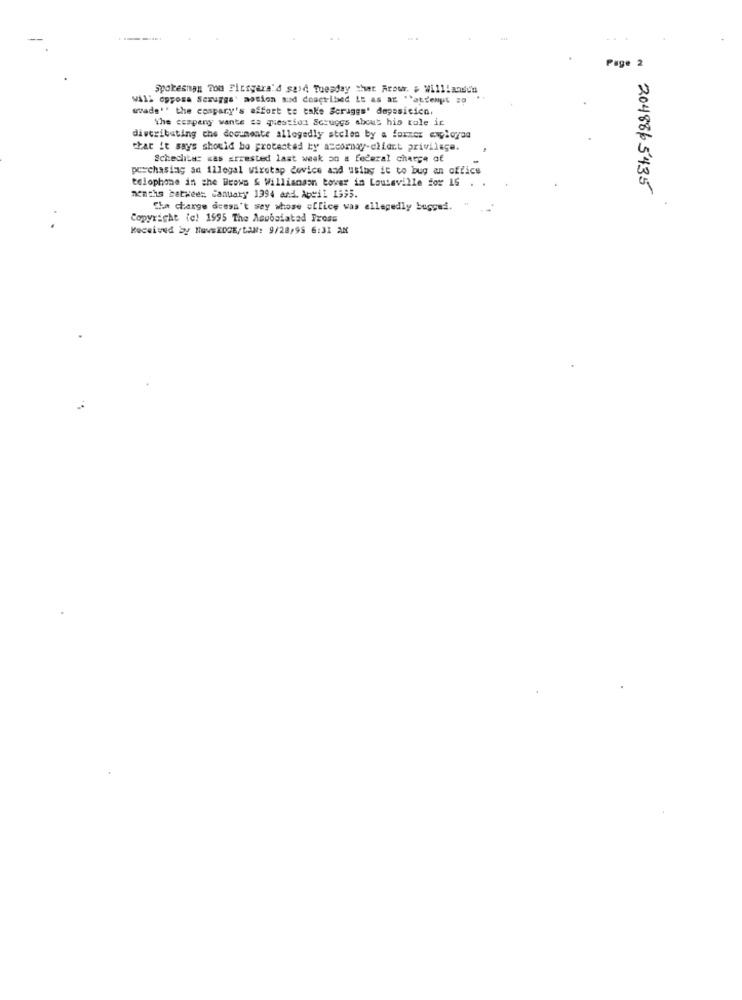
Page 2
Spokesman Tom Fittgara'd said Tuesday Mut Arour. # Willlanden
WAll opposa Scruggs' aotion and doacribed LE as at "'attempt so
wvade'' the cospary's effort to take Scruggs' deposicicn.
the company wante sa question Scruggs about his tole ic
distributing che documente allegedly stolen by a former employee
that it says should be protected by a=cornoy-client privilege.
Schechter was arrested last weak on a federal charge of
purchasing an illegal wiretap device and using it to bug an office
telophone in the Brows & Williamson tower in Louisville for 16 .
204886 5435
nenths betwee ;, January 1994 and. April 1595.
Che charge doesn't sey whose office was allegedly bugged.
Copyright (c) 1595 The Asubatatad Tross
Received by HavsEDGE/LAN: 9/28/95 6:31 AN